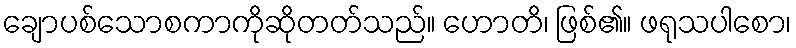
ချောပစ်သောစကာကိုဆိုတတ်သည်။ ဟောတိ၊ ဖြစ်၏။ ဖရုသပါစော၊